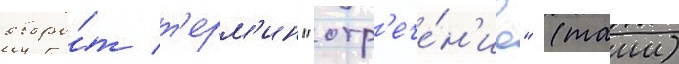
оборо́т т'ерм'ин "отр'ече́н'ие" (таии)